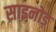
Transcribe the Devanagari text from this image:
साइनोड़